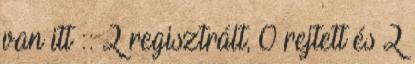
van itt :: 2 regisztrált, 0 rejtett és 2